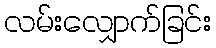
လမ်းလျှောက်ခြင်း